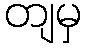
တျမှ